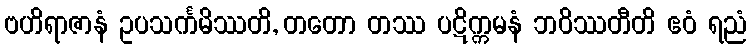
ဗဟိရာဇာနံ ဥပသင်္ကမိဿတိ, တတော တဿ ပဋိက္ကမနံ ဘဝိဿတီတိ ဧဝံ ရညံ